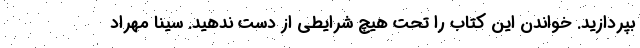
بپردازید. خواندن این کتاب را تحت هیچ شرایطی از دست ندهید. سینا مهراد